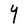
Character: Y